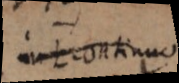
in L continuo